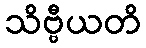
သိဗ္ဗီယတိ